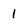
Character: l